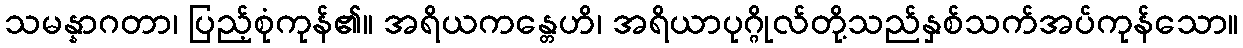
သမန္နာဂတာ၊ ပြည့်စုံကုန်၏။ အရိယကန္တေဟိ၊ အရိယာပုဂ္ဂိုလ်တို့သည်နှစ်သက်အပ်ကုန်သော။